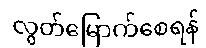
လွတ်မြောက်စေရန်